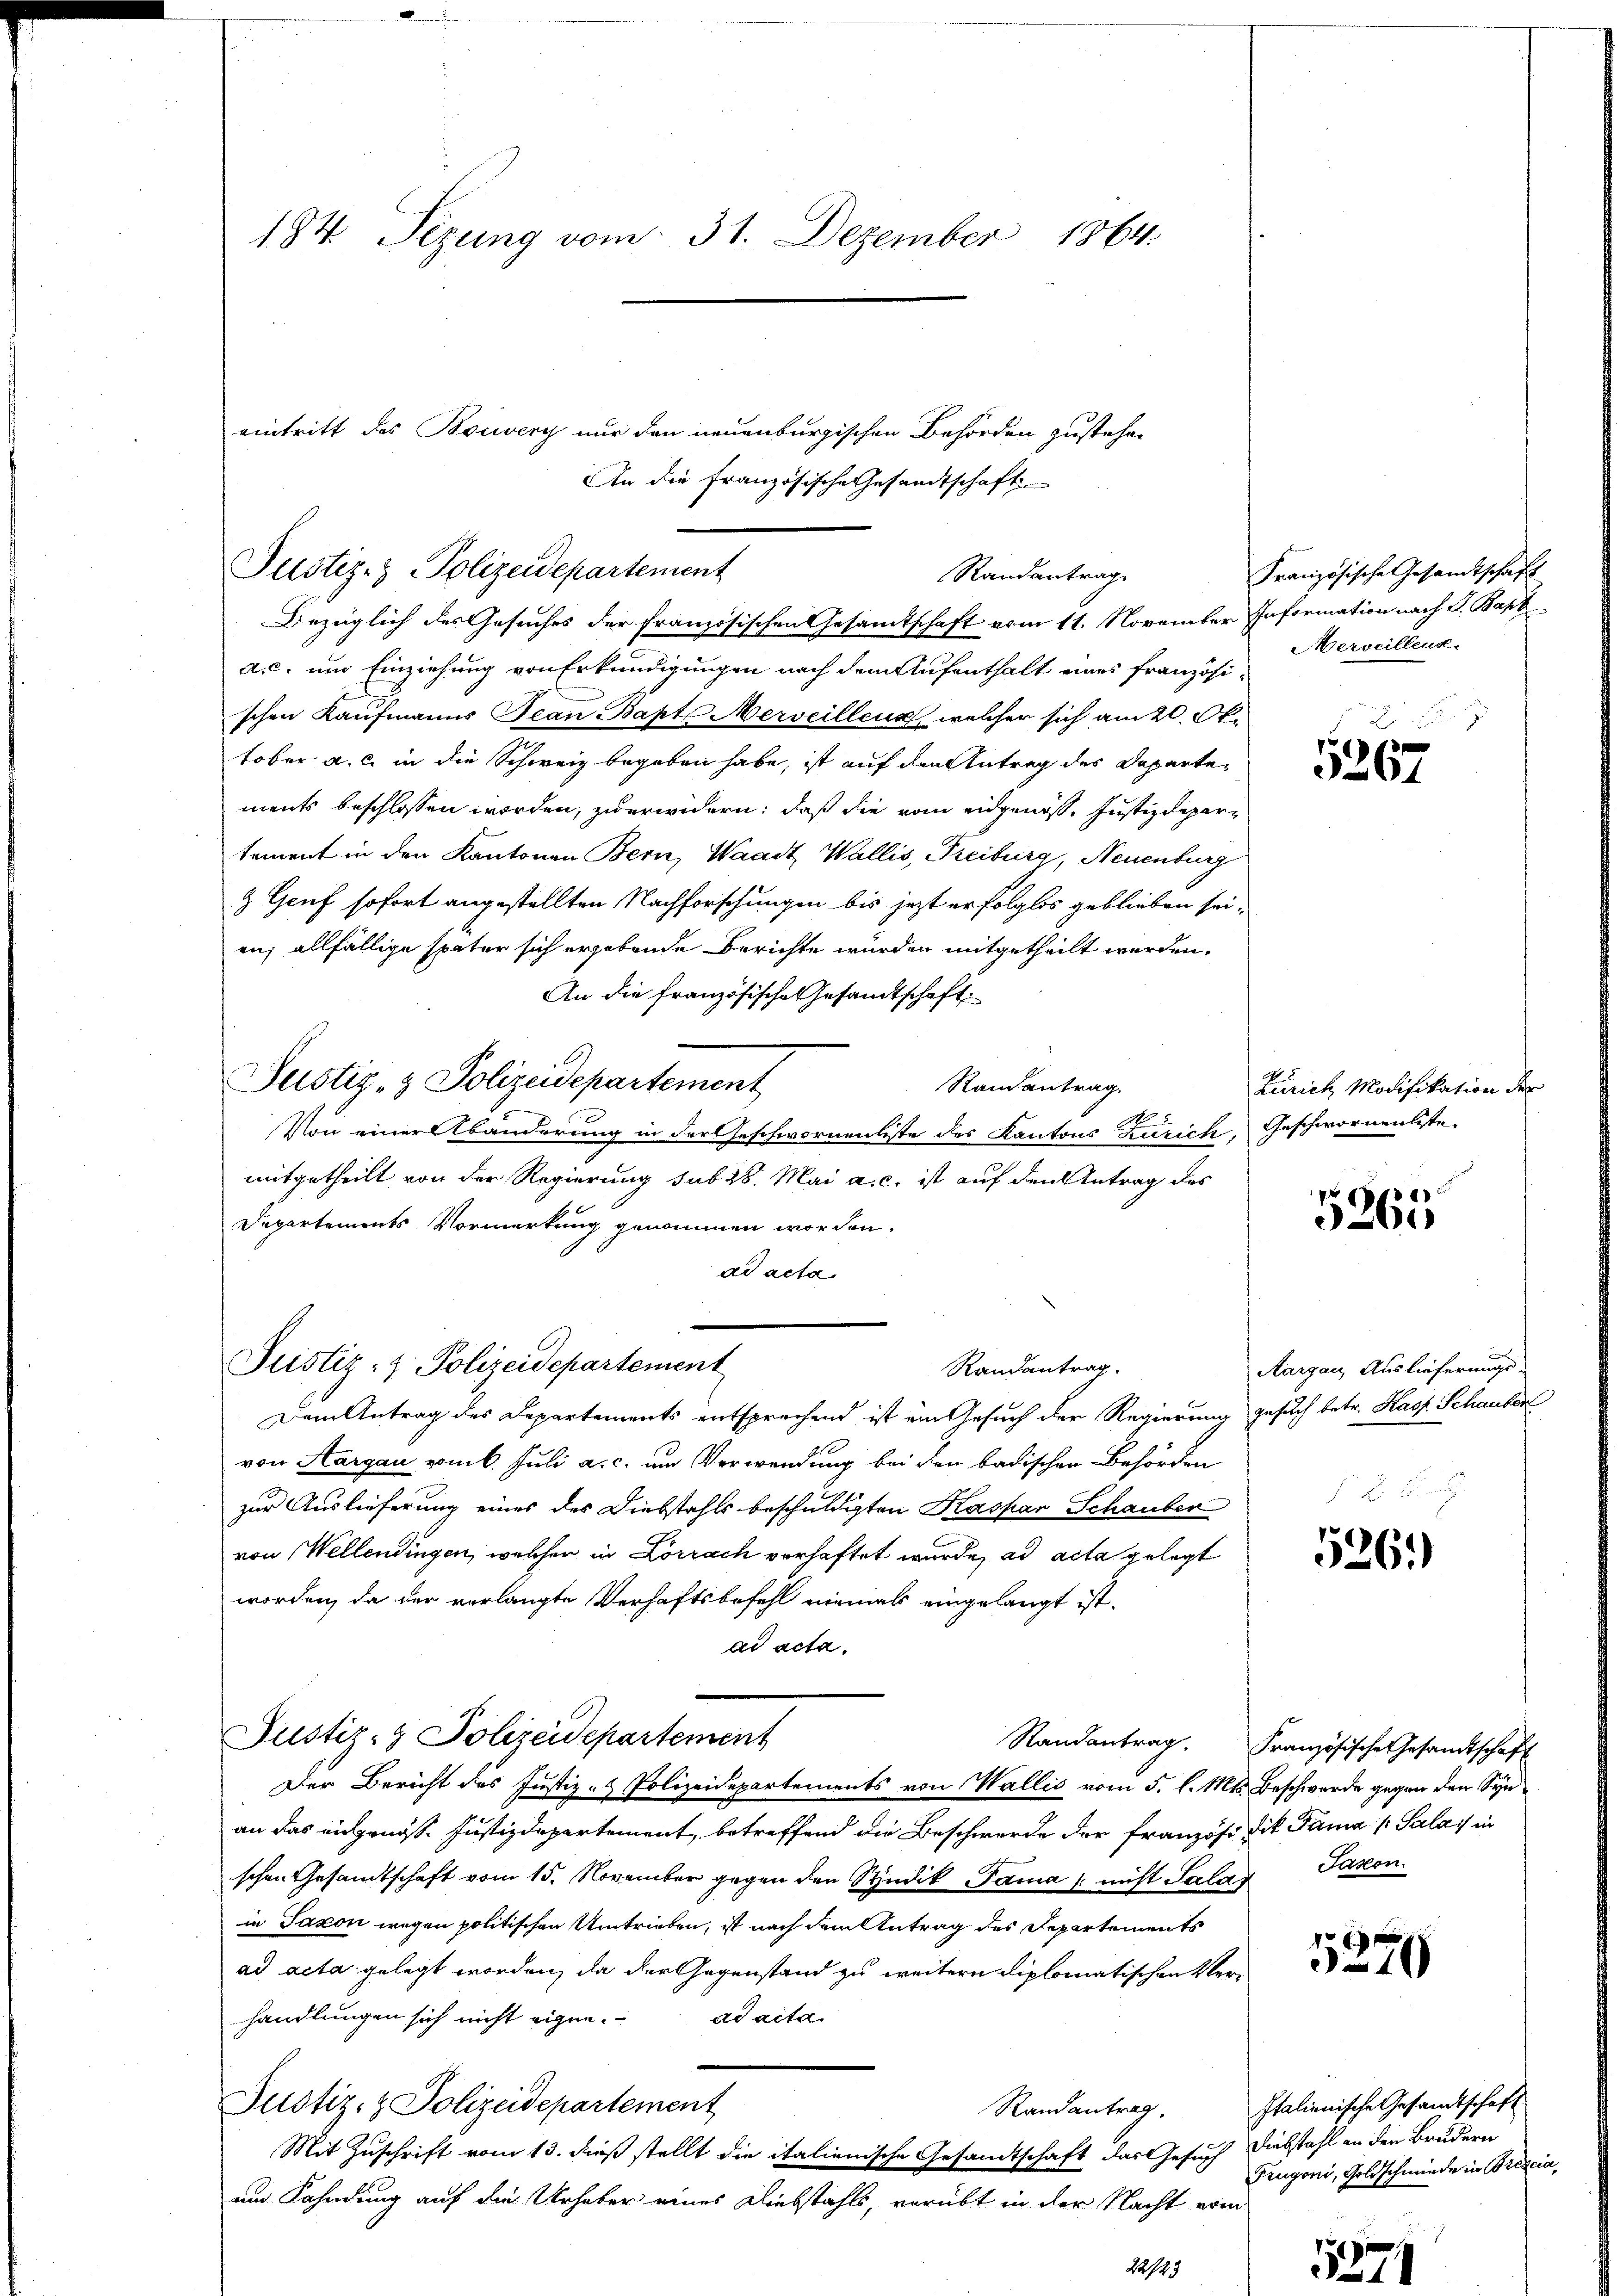
184. Sezung vom 31. Dezember 1864.

Justiz- & Polizeidepartement

eintritt des Bouvery nur den neuenburgischen Behörden zustehen
Bezüglich des Gesuches der französischen Gesamtschaft vom 11. November Information nach J. Bapt
a.c. um Einziehung von Erkundigungen nach dem Aufenthalt eines französischen Kaufmanns Jean Bapt Merveillenz, welcher sich am 20. Oktober a. c. in die Schweiz begeben habe, ist auf den Antrag des Departements beschlossen worden, zuerwidern, daß die vom eidgenos, Justizdepartement in den Kantonen Bern, Waadt Wallis, Freiburg, Neuenburg
& Genf sofort angestellten Nachforschungen bis jezt erfolglos geblieben sei.
en; allfällige später sich ergebende Berichte wurden mitgetheilt werden.
An die französische Gesandtschaft
Justiz- & Polizeidepartement
Randantrag.
Von einer Abänderung in der Geschwornenliste des Kantons Zürich, Geschwornenliste-
mitgetheilt von der Regierung sub 28. Mai a. c. ist auf den Antrag des
Departements Vormerkung genommen worden.
ad acta
Justiz- & Polizeidepartement
Randantrag.
Dem Antrag des Departements entsprechend ist ein Gesuch der Regierung gesuch betr. Kasp. Schauber
von Aargau vom 6. Juli a. c. um Verwendung bei den badischen Behörden
zur Auslieferung eines des Diebstahls beschuldigten Kaspar Schauber
von Wellendingen, welcher in Lörrach verhaftet wurde, ad acta gelegt
worden, da der verlangte Verhaftsbefehl niemals eingelangt ist.
ad acta.
Justiz- & Polizeidepartement
Der Bericht des Justiz- & Polizeidepartements von Wallis vom 5. l. Mts. Beschwerde gegen den Synan das eidgenöß. Justizdepartement, betreffend die Beschwerde der Französi Tit. Pama (Sala in
schen Gesandtschaft vom 15. November gegen den Studik Tama nicht Salas Saxon
in Saxon wegen politischen Umtrieben, ist nach dem Antrag des Departements
ad acta gelegt worden, da der Gegenstand zu weitern diplomatischen Verhandlungen sich nicht eigen. ad acta
Justiz- & Polizeidepartement
Randantrag.
Mit Zuschrift vom 13. dieß stellt die italienische Gesandtschaft das Gesuch Diebstahl an den Brudern
und Fahndung auf die Urhaber eines Diebstahls, verübt in der Nacht vom
22123

An die Französische Gesandtschaft
Randantrag

Französische Gesandtschaft
Aerveillend

5267

Zürich Modifikation der

5265

Aargau, Auslieferungs-

526.

Randantrag. Französische Gesandtschaft

5270

Italienische Gesandtschaft
Trugoni, Goldschmieder in Brescia

1
d